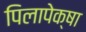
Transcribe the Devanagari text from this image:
पिलापेक्षा